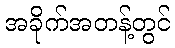
အခိုက်အတန့်တွင်